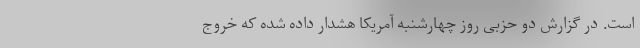
است. در گزارش دو حزبی روز چهارشنبه آمریکا هشدار داده شده که خروج